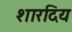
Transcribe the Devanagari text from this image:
शारदिय